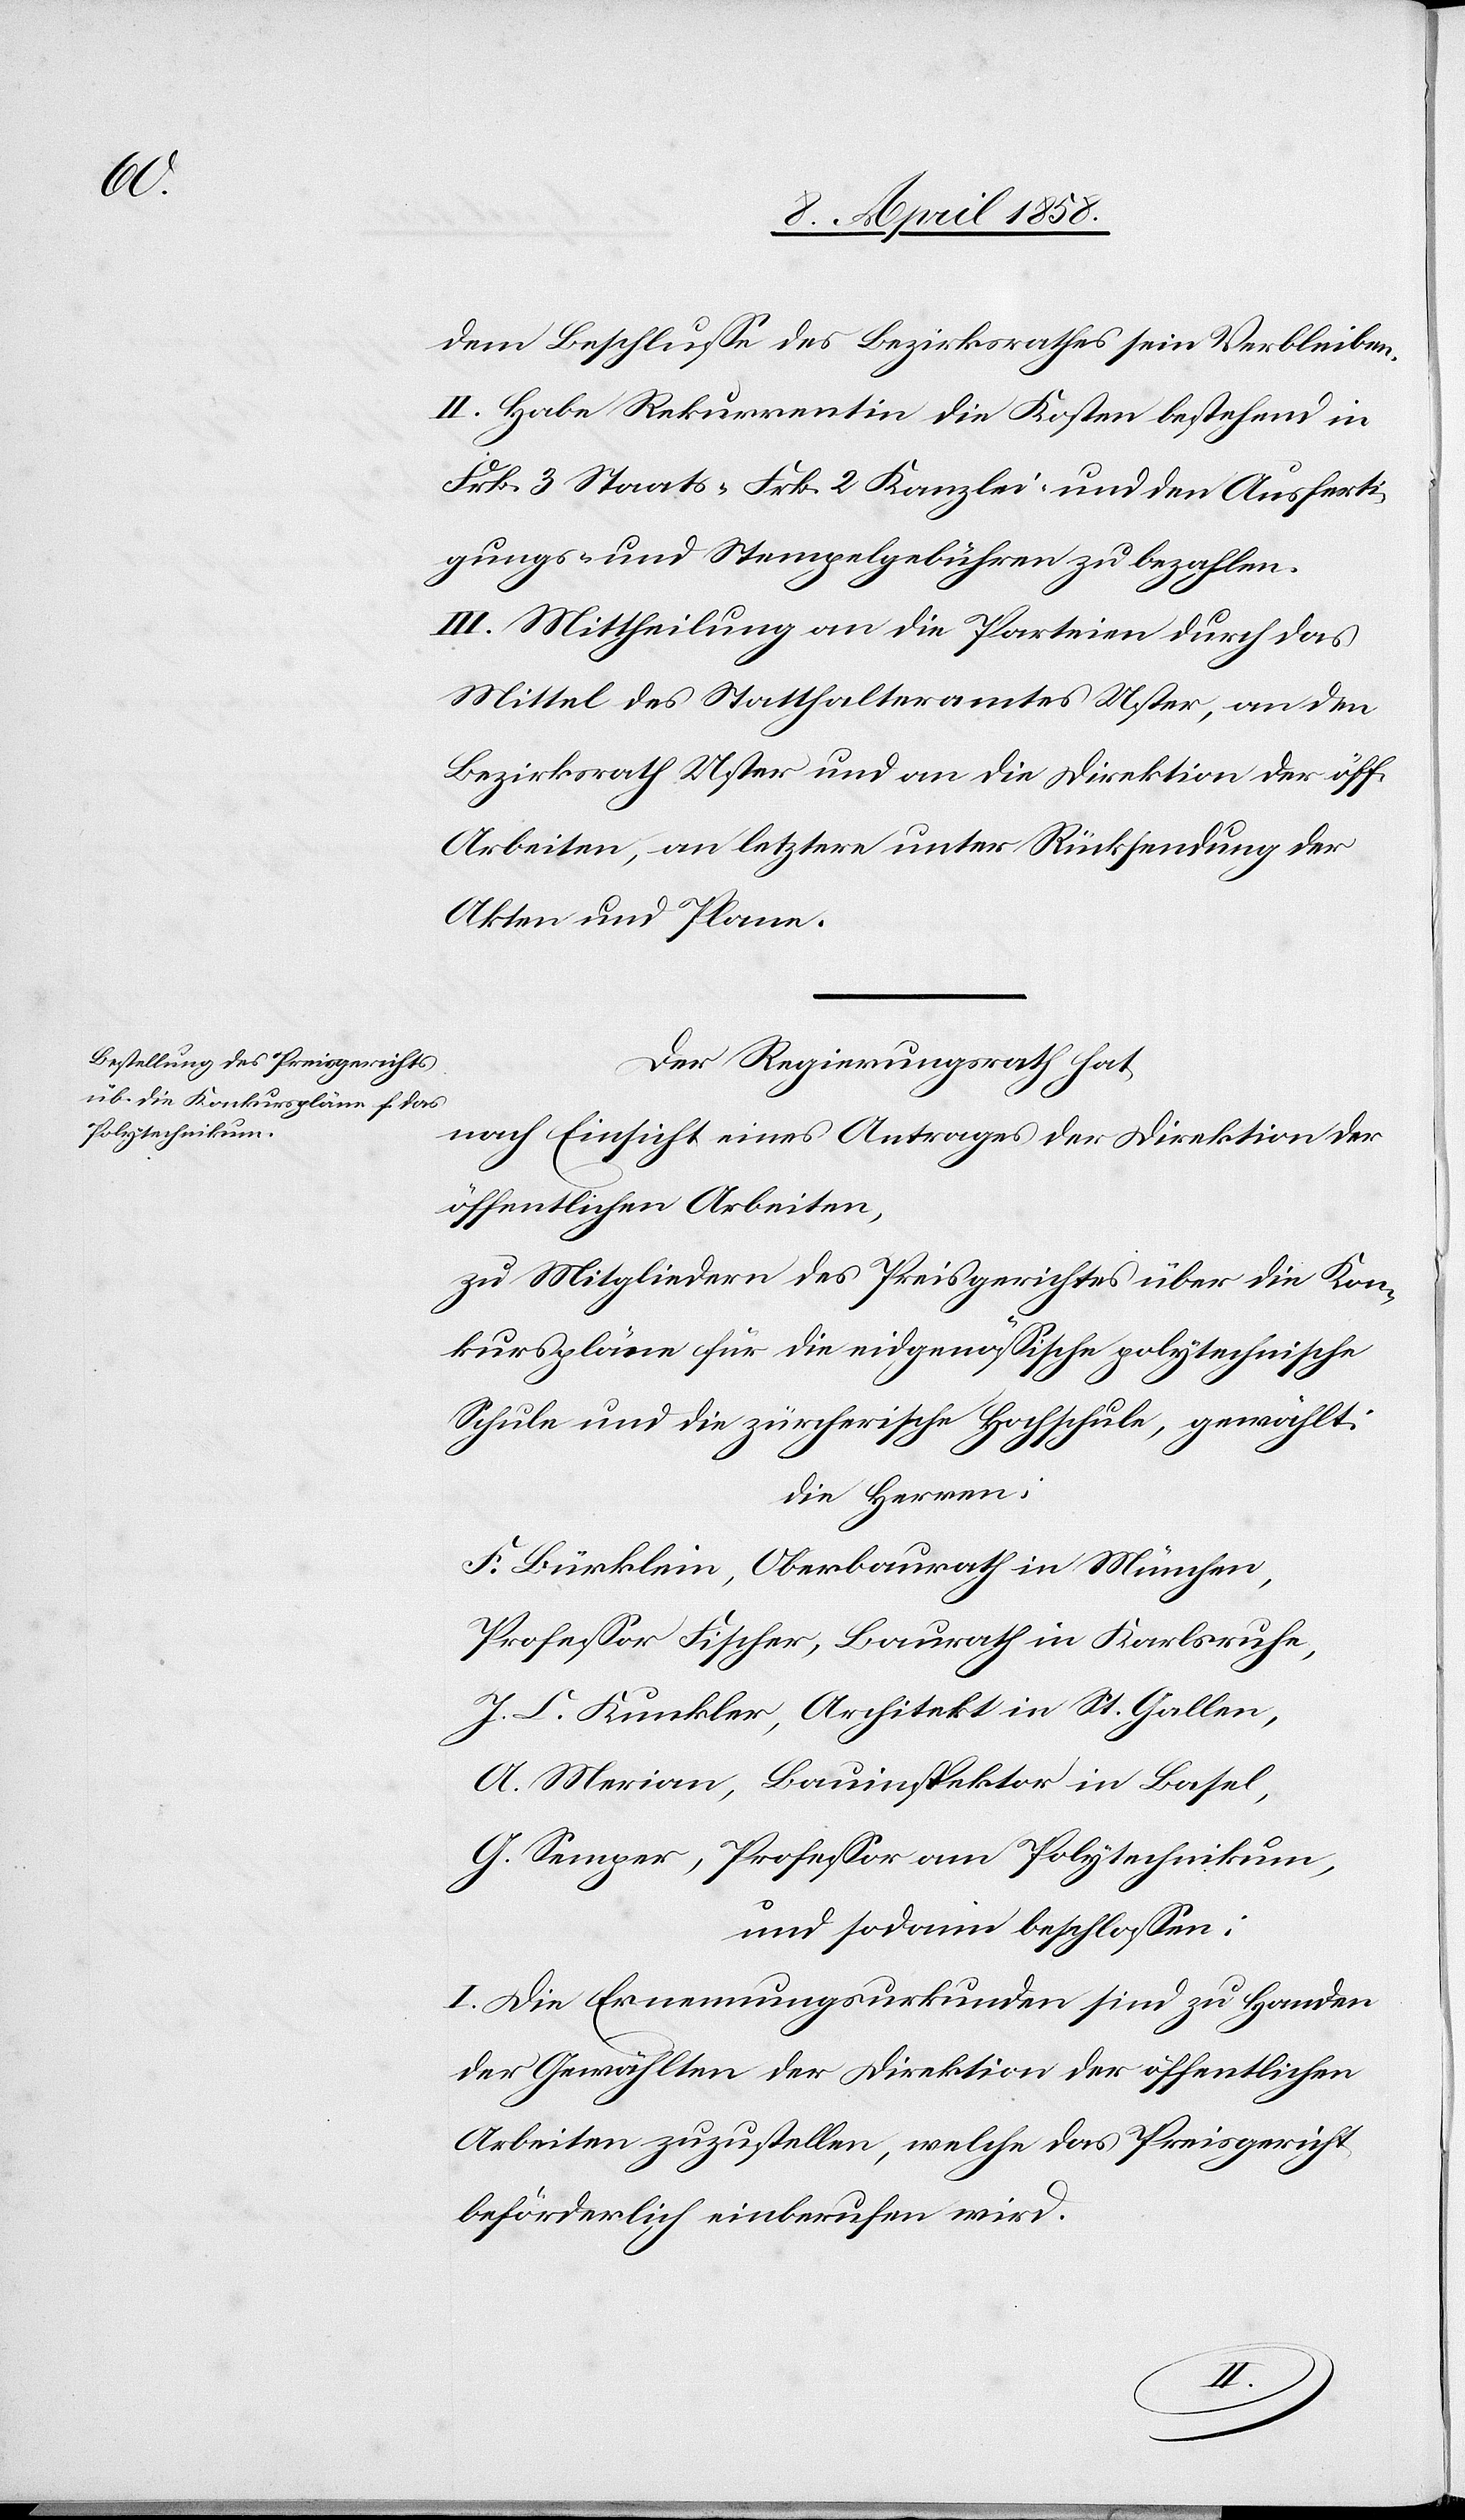
dem Beschluße des Bezirksrathes sein Verbleiben.
II. Habe Rekurrentin die Kosten bestehend in
Frk. 3 Staats-[,] Frk. 2 Kanzlei- und den Ausferti¬
gungs- und Stempelgebühren zu bezahlen.
III. Mittheilung an die Parteien durch das
Mittel des Statthalteramtes Uster, an den
Bezirksrath Uster und an die Direktion der öff.
Arbeiten, an letztere unter Rücksendung der
Akten und Pläne.
Der Regierungsrath hat
nach Einsicht eines Antrages der Direktion der
öffentlichen Arbeiten,
zu Mitgliedern des Preisgerichtes über die Kon¬
kurspläne für die eidgenössische polytechnische
Schule und die zürcherische Hochschule, gewählt:
Die Herren:
F. Bürklin, Oberbaurath in München,
Professor Fischer, Baurath in Karlsruhe,
J. L. Kunkler, Architekt in St. Gallen,
A. Merian, Bauinspektor in Basel,
G. Semper, Professor am Polytechnikum,
und somit beschlossen:
I. Die Ernennungsurkunden sind zu Handen
der Gewählten der Direktion der öffentlichen
Arbeiten zuzustellen, welche das Preisgericht
beförderlich einberufen wird.